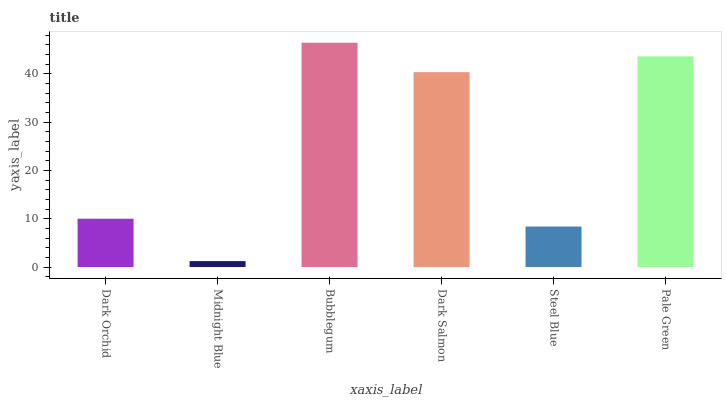
| xaxis_label | bars |
 | --- | --- |
 | Dark Orchid | 10 |
 | Midnight Blue | 1.23 |
 | Bubblegum | 46.4 |
 | Dark Salmon | 40.4 |
 | Steel Blue | 8.39 |
 | Pale Green | 43.6 |